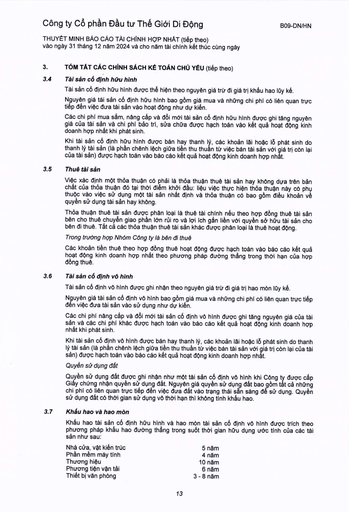
|Nhà cửa, vật kiến trúc|5 năm| |---|---| |Phần mềm máy tính|4 năm| |Thương hiệu|10 năm| |Phương tiện vận tải|6 năm| |Thiết bị văn phòng|3-8 năm|